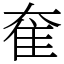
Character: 奞